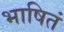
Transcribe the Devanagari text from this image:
भाषितं